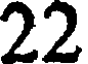
22